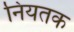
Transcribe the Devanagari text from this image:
नियतक